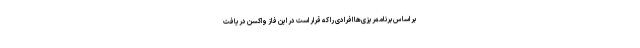
بر اساس برنامه‌ریزی‌ها افرادی را که قرار است در این فاز واکسن دریافت